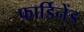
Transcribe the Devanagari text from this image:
फार्डिनेंड